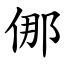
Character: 㑚